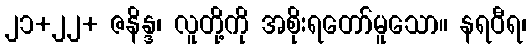
၂၁+၂၂+ ဇနိန္ဒ၊ လူတို့ကို အစိုးရတော်မူသော။ နရဝီရ၊